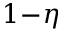
1 \! - \! \eta